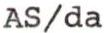
AS/da